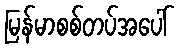
မြန်မာစစ်တပ်အပေါ်